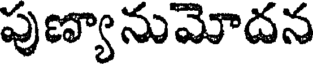
పుణ్యానుమోదన